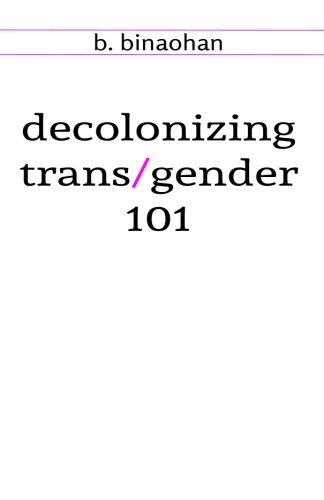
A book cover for decolonizing trans/gender 101; b. binaohan; Politics & Social Sciences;